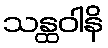
သန္ထဝါနိ